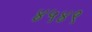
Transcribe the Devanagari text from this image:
४५४९